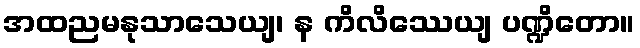
အထညမနုသာသေယျ၊ န ကိလိဿေယျ ပဏ္ဍိတော။